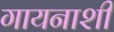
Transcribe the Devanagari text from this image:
गायनाशी